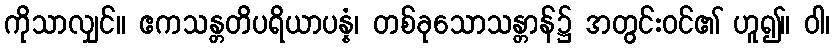
ကိုသာလျှင်။ ဧကသန္တတိပရိယာပန္နံ၊ တစ်ခုသောသန္တာန်၌ အတွင်းဝင်၏ ဟူ၍။ ဝါ၊